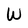
Character: W